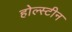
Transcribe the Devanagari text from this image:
होल्स्टीन